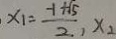
x _ { 1 } = \frac { - 1 + \sqrt { 5 } } { 2 } , x _ { 2 }